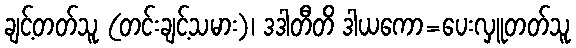
ချင့်တတ်သူ (တင်းချင့်သမား)၊ ဒဒါတီတိ ဒါယကော=ပေးလှူတတ်သူ